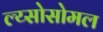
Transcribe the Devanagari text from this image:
ल्य्सोसोमल